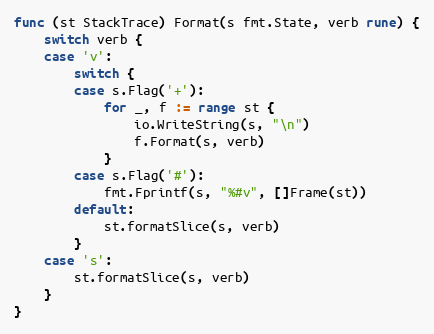
Language: Go
func (st StackTrace) Format(s fmt.State, verb rune) {
	switch verb {
	case 'v':
		switch {
		case s.Flag('+'):
			for _, f := range st {
				io.WriteString(s, "\n")
				f.Format(s, verb)
			}
		case s.Flag('#'):
			fmt.Fprintf(s, "%#v", []Frame(st))
		default:
			st.formatSlice(s, verb)
		}
	case 's':
		st.formatSlice(s, verb)
	}
}